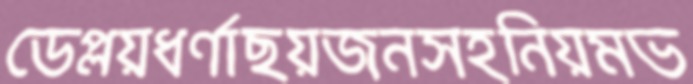
ডেপ্লয়ধর্ণাছয়জনসহনিয়মভ